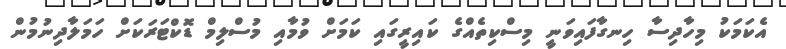
އެކަމަކު މިހާދިސާ ހިނގާފައިވަނީ މިސްކިތެއްގެ ކައިރީގައި ކަމަށް ވުމާއި މުސްލިމް ޑޮކްޓަރަކަށް ހަމަލާދިނުމުން